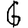
Digit: 6